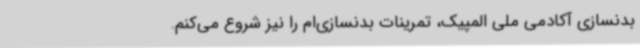
بدنسازی آکادمی ملی المپیک، تمرینات بدنسازی‌ام را نیز شروع می‌کنم.